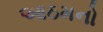
આઠમનો